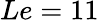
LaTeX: Le=11